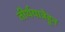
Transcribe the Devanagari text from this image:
तीर्थयात्रेहून